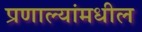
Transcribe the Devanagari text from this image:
प्रणाल्यांमधील